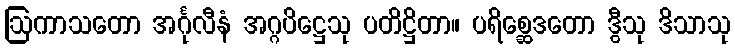
ဩကာသတော အင်္ဂုလီနံ အဂ္ဂပိဋ္ဌေသု ပတိဋ္ဌိတာ။ ပရိစ္ဆေဒတော ဒွီသု ဒိသာသု